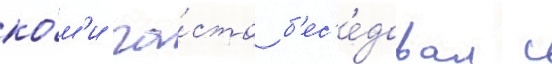
ко́м'и ча́сто б'ес'е́довал с